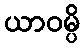
ယာဝမ္ပိ